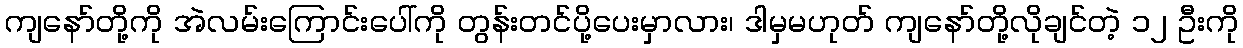
ကျနော်တို့ကို အဲလမ်းကြောင်းပေါ်ကို တွန်းတင်ပို့ပေးမှာလား၊ ဒါမှမဟုတ် ကျနော်တို့လိုချင်တဲ့ ၁၂ ဦးကို